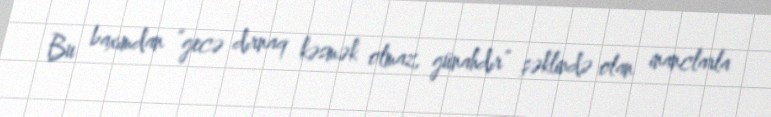
Bu baxımdan “gecə dırnaq kəsmək olmaz, günahdır” şəklində olan inanclarla